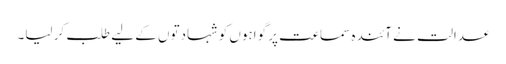
عدالت نے آئندہ سماعت پر گواہوں کو شہادتوں کے لیے طلب کر لیا۔